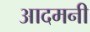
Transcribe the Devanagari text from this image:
आदमनी